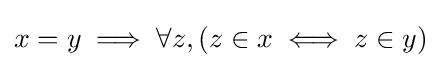
x=y\implies \forall z,(z\in x\iff z\in y)